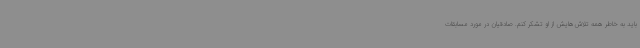
باید به خاطر همه تلاش‌هایش از او تشکر کنم. صادقیان در مورد مسابقات